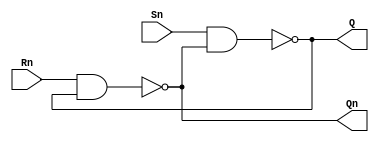
module SRn_ff(output Q, Qn, input Sn, Rn);
	nand a1(Q,  Sn, Qn),
	     a2(Qn, Rn, Q);
endmodule